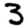
Digit: 3